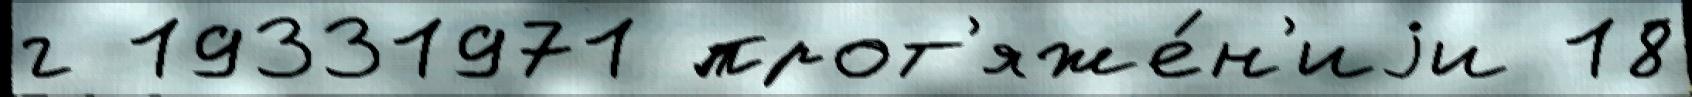
г 19331971 прот'яже́н'иjи 18